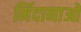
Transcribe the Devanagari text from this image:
मिंदानाओ